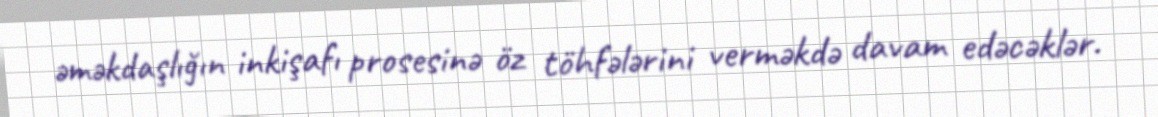
əməkdaşlığın inkişafı prosesinə öz töhfələrini verməkdə davam edəcəklər.